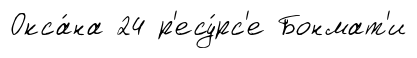
Окса́на 24 р'есу́рс'е Бонмат'и